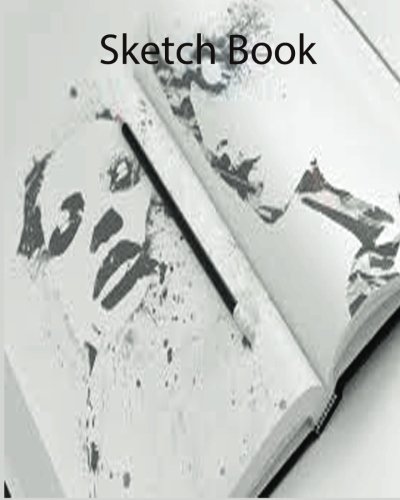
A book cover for Sketch Book; "Ske Inc142; Crafts, Hobbies & Home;